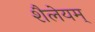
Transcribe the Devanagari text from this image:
शैलेयम्